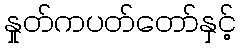
နှုတ်ကပတ်တော်နှင့်